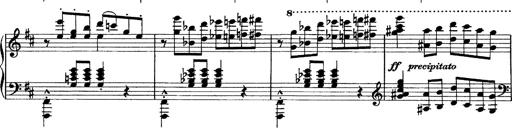
Title: Piano Sonata
Composer: Karl HÃ¤ssler
Key: C major